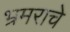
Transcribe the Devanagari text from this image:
भ्रमराचे